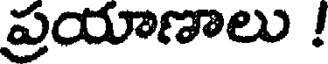
ప్రయాణాలు !